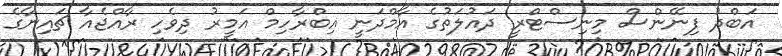
އަބްދު ފިނޭންސް މިނިސްޓްރީ ދައުލަތުގެ އާމްދަނީ އިބްރާހިމް އަމީރު ދިވެހި ރާއްޖެއާ ޗައިނާގެ